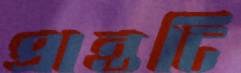
প্রান্তটি